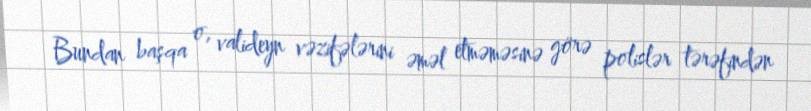
Bundan başqa o, valideyn vəzifələrini əməl etməməsinə görə polislər tərəfindən